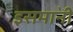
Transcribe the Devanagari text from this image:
इसमा॓नी